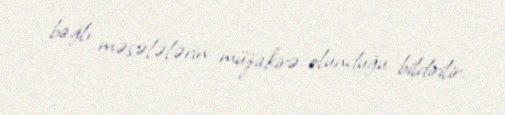
bağlı məsələlərin müzakirə olunduğu bildirilir.